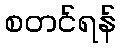
စတင်ရန်